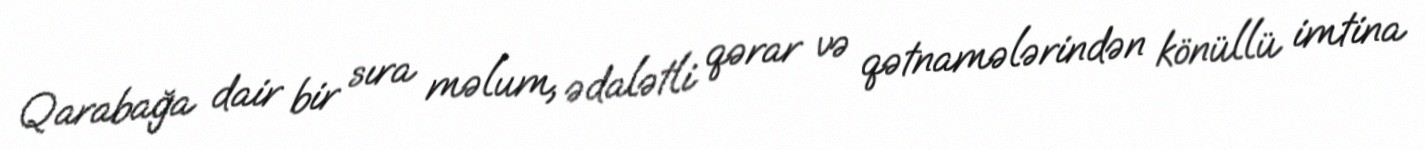
Qarabağa dair bir sıra məlum, ədalətli qərar və qətnamələrindən könüllü imtina